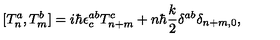
[ T _ { n } ^ { a } , T _ { m } ^ { b } ] = i \hbar \epsilon _ { c } ^ { a b } T _ { n + m } ^ { c } + n \hbar \frac { k } { 2 } \delta ^ { a b } \delta _ { n + m , 0 } ,